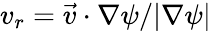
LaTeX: v_{r}=\vec{v}\cdot\nabla\psi/|\nabla\psi|